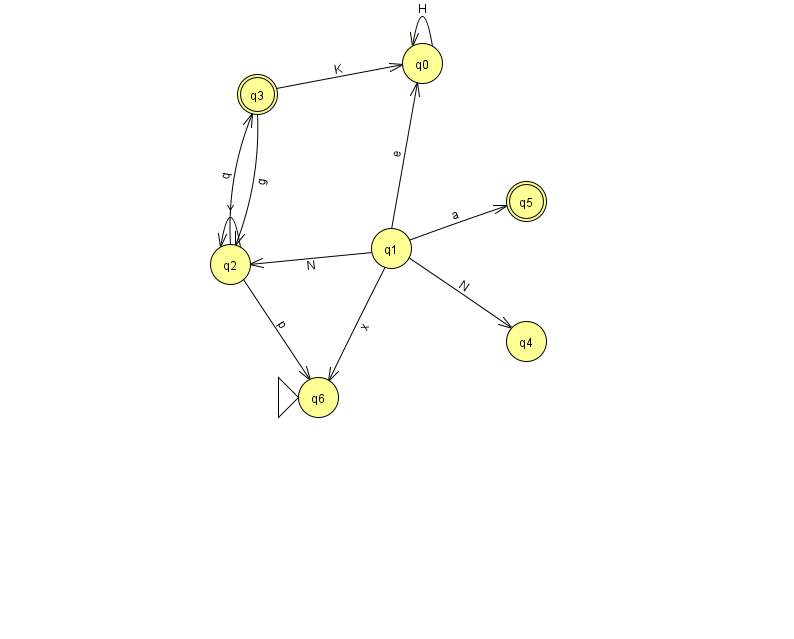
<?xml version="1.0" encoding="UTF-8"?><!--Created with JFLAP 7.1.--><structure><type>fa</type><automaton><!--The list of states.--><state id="0" name="q0"><x>422.0</x><y>50.0</y></state><state id="1" name="q1"><x>391.0</x><y>235.0</y></state><state id="2" name="q2"><x>230.0</x><y>251.0</y></state><state id="3" name="q3"><x>257.0</x><y>81.0</y><final/></state><state id="4" name="q4"><x>526.0</x><y>328.0</y></state><state id="5" name="q5"><x>526.0</x><y>188.0</y><final/></state><state id="6" name="q6"><x>318.0</x><y>384.0</y><initial/></state><!--The list of transitions.--><transition><from>1</from><to>0</to><read>e</read></transition><transition><from>3</from><to>0</to><read>K</read></transition><transition><from>1</from><to>2</to><read>N</read></transition><transition><from>2</from><to>3</to><read>q</read></transition><transition><from>2</from><to>6</to><read>p</read></transition><transition><from>1</from><to>4</to><read>N</read></transition><transition><from>3</from><to>2</to><read>g</read></transition><transition><from>1</from><to>6</to><read>x</read></transition><transition><from>0</from><to>0</to><read>H</read></transition><transition><from>1</from><to>5</to><read>a</read></transition><transition><from>2</from><to>2</to><read>Y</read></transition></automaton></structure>